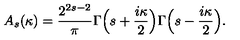
A _ { s } ( \kappa ) = \frac { 2 ^ { 2 s - 2 } } { \pi } \Gamma \Bigl ( s + \frac { i \kappa } { 2 } \Bigr ) \Gamma \Bigl ( s - \frac { i \kappa } { 2 } \Bigr ) .